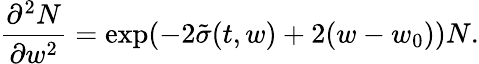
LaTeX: \frac{\partial^{2}N}{\partial w^{2}}=\exp(-2\tilde{\sigma}(t,w)+2(w-w_{0}))N.